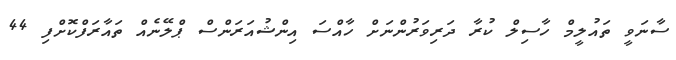
ސާނަވީ ތައުލީމް ހާސިލް ކުރާ ދަރިވަރުންނަށް ހާއްސަ އިންޝުއަރަންސް ޕްލޭނެއް ތައާރަފްކޮށްފި 44